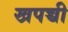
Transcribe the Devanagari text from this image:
खपच्ची